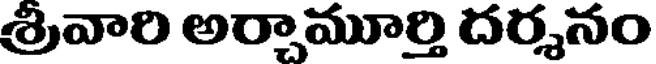
శ్రీవారి అర్చామూర్తి దర్శనం